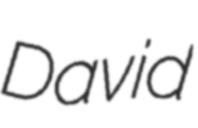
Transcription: David